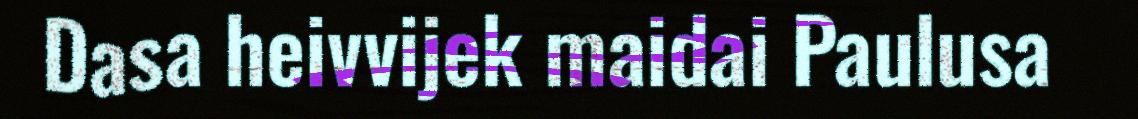
Dasa heivvijek maidai Paulusa